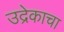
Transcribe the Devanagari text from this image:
उद्रेकाचा